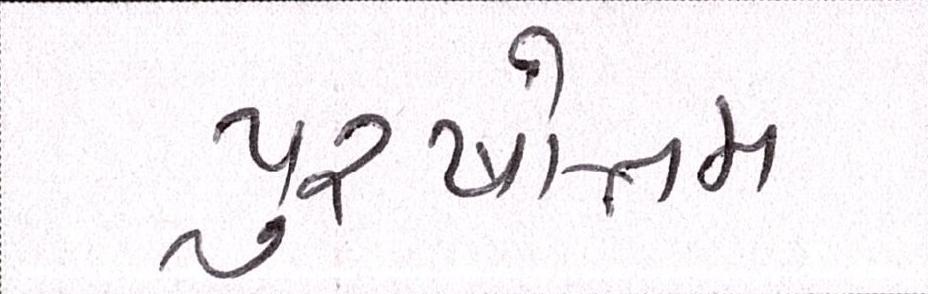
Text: પુરષોત્તમ